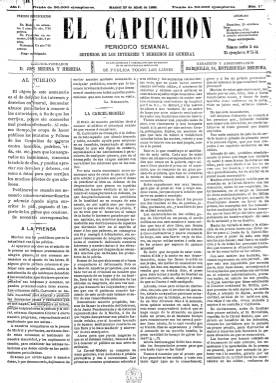
Título: El Capuchón (Madrid)
Colección: Periódicos
Ámbito geográfico: Madrid
Lugar de publicación: Madrid
Fechas: 23/04/1888-01/07/1888

Semanario fundado y dirigido por José Medina y Heredia, que comenzó a ser publicado el 23 de abril de 1888, como “defensor de los intereses y derechos en general”, en cuyo saludo añade que también servirá para “denunciar abusos para darlos a conocer a las autoridades porque sin conocerlos, mal pueden efectuarlo”. Sin embargo la mayor parte de sus contenidos son artículos e información de naturaleza económica, especialmente dedicados a las pólizas de las compañías de seguros, pues Medina era también director de un centro pericial de seguros de incendios, tal como se anuncia en su cuarta plana, dedicada íntegramente a publicidad comercial.

Sus entregas son de cuatro páginas, compuestas a cuatro columnas, aunque publica algún suplemento o las duplica en algún número. Inserta también otros artículos de variada temática (como es el caso de los dedicados a la Cárcel Modelo), así como información sobre el Banco de España, firmada por el economista José Pérez Gayoso. Otro de sus colaboradores es Fermín de Mateos, en su sección Remitidos. Otros textos van firmados con seudónimos.

En su cabecera indica que cada entrega tiene una “tirada de 50.000 ejemplares”. Comenzará saliendo los lunes y a partir del 20 de mayo, los domingos. Sólo publica once números, siendo el último el correspondiente al uno de julio de 1888.

A partir de entonces se hace cargo del periódico el citado Pérez Gayoso, que continuando con la secuencia de El Capuchón y con igual subtítulo, formato y diseño que este, publicará las entregas 12 a 50 del periódico La Luz, hasta marzo de 1889. A partir del 31 de ese mes y continuando también la secuencia (número 51), Pérez Gayoso sustituirá el título de su publicación por uno nuevo: El Sol, con el subtítulo “periódico semanal político y administrativo”. Los tres títulos mencionados forman parte de la colección de la Biblioteca Nacional de España.